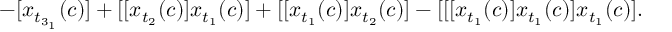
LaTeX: - [ x _ { t _ { 3 _ { 1 } } } ( c ) ] + [ [ x _ { t _ { 2 } } ( c ) ] x _ { t _ { 1 } } ( c ) ] + [ [ x _ { t _ { 1 } } ( c ) ] x _ { t _ { 2 } } ( c ) ] - [ [ [ x _ { t _ { 1 } } ( c ) ] x _ { t _ { 1 } } ( c ) ] x _ { t _ { 1 } } ( c ) ] .